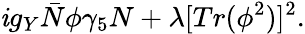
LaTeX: \mathit{i}g_{Y}{\bar{{N}}}\phi\gamma_{5}N+\lambda[Tr(\phi^{2})]^{2}.